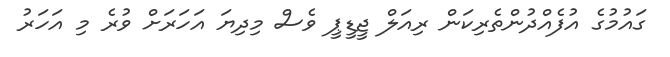
ގައުމުގެ އުފެއްދުންތެރިކަން ރިއަލް ޖީޑީޕީ ވެސް މިދިޔަ އަހަރަށް ވުރެ މި އަހަރު